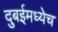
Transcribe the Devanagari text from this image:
दुबईमध्येच